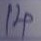
14